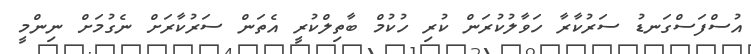
އުސްފަސްގަނޑު ސަރުކާރާ ހަވާލުކުރަން ކުރި ހުކުމް ބާތިލްކުރީ އެތަން ސަރުކާރަށް ނެގުމަށް ނިންމީ